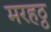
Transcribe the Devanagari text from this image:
मरहठ्ठ